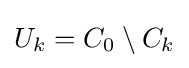
U_{k}=C_{0}\setminus C_{k}